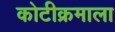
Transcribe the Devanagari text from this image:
कोटीक्रमाला